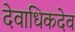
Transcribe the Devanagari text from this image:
देवाधिकदेव